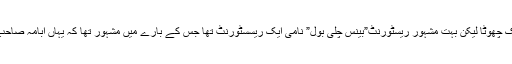
ان میں سے ایک بیٹ ایک چھوٹا لیکن بہت مشہور ریسٹورنٹ”بینس چلی بول” نامی ایک ریسسٹورنٹ تھا جس کے بارے میں مشہور تھا کہ یہاں ابامہ صاحب اکثر تشریف لاتے ہیں۔